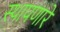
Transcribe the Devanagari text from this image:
स्थापणारे